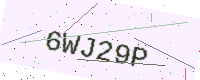
Text: 6WJ29P